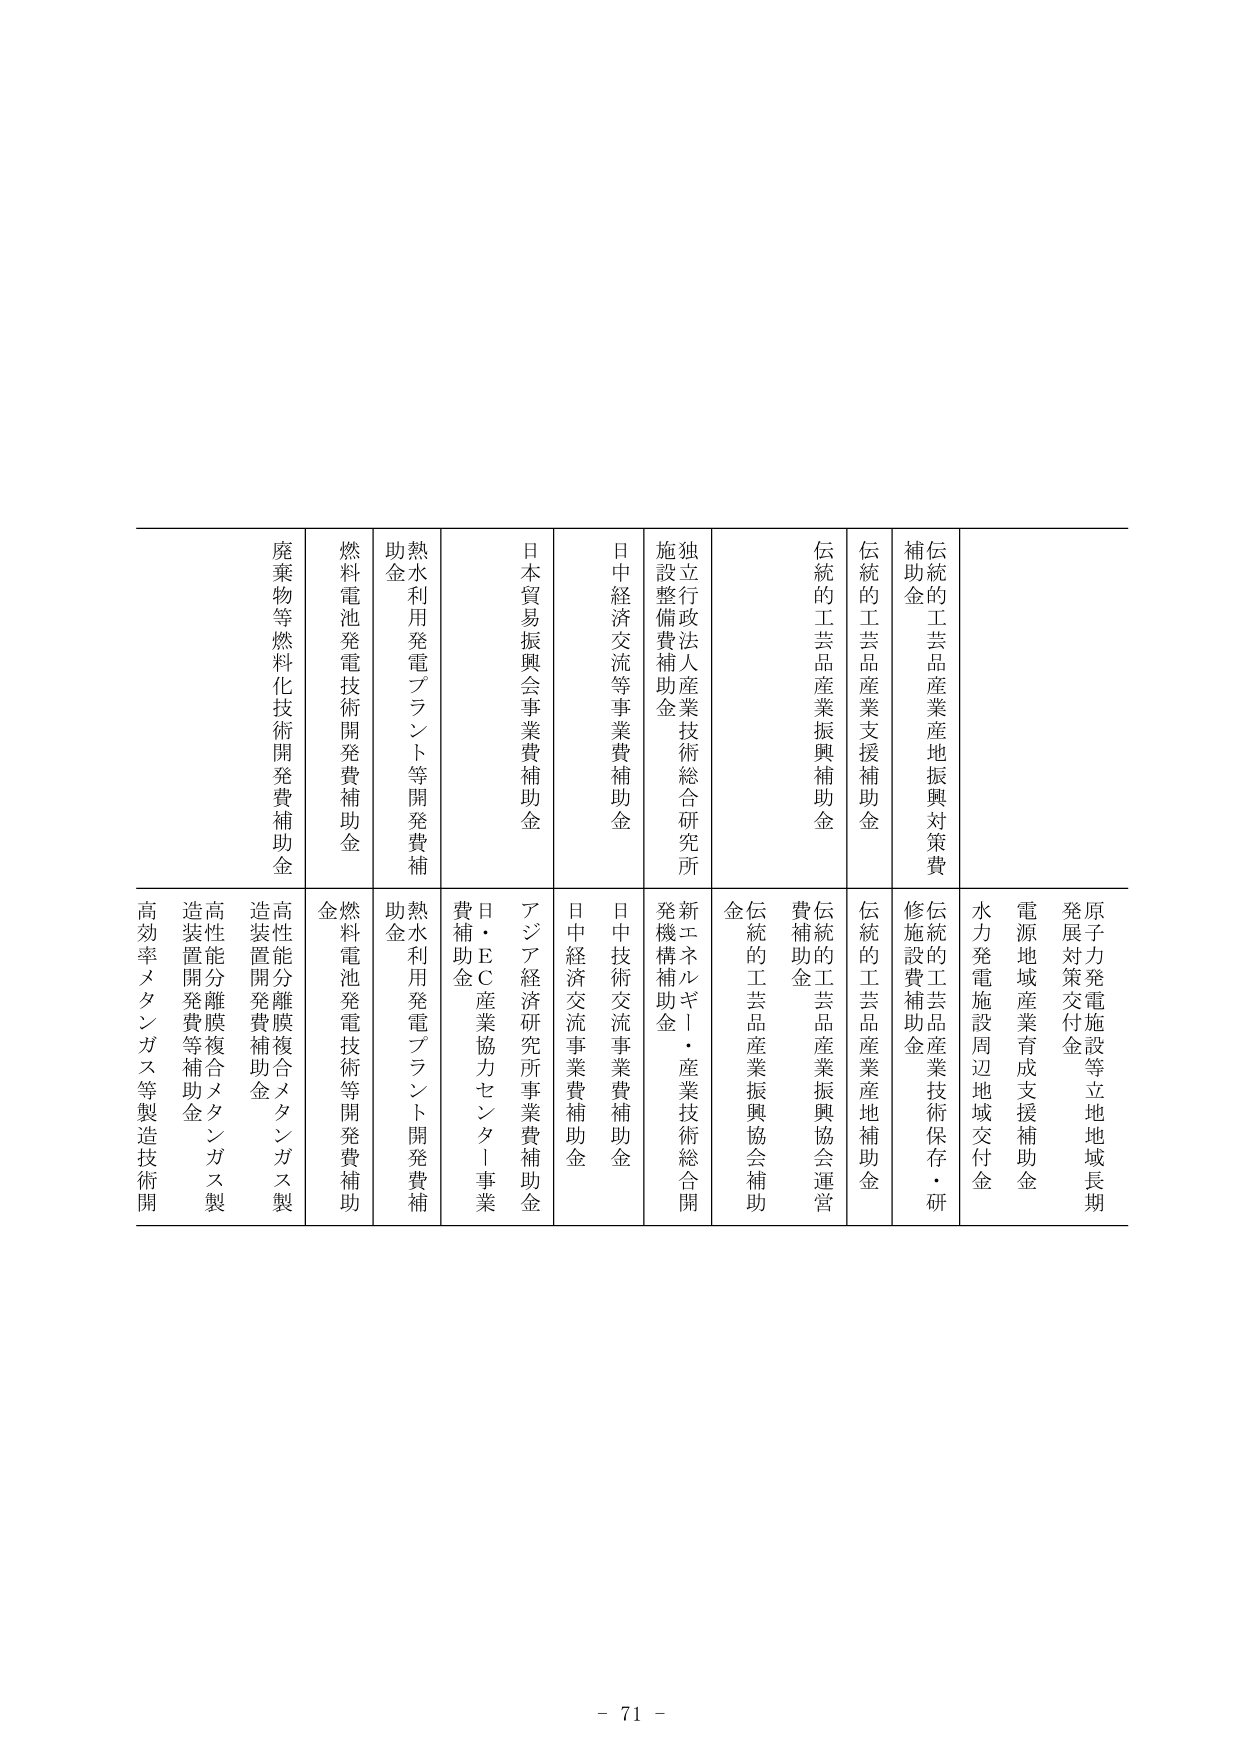
廃棄物等燃料化技術開発費補助金
燃料電池発電技術開発費補助金
熱水利用発電プラント等開発費補助金
日本貿易振興会事業費補助金
日中経済交流等事業費補助金
独立行政法人産業技術総合研究所施設整備費補助金
伝統的工芸品産業振興補助金
伝統的工芸品産業支援補助金
伝統的工芸品産業地振興対策費補助金

高効率メタンガス等製造技術開発費補助金
高性能分離膜複合メタンガス製造装置開発費等補助金
高性能分離膜複合メタンガス製造装置開発費補助金
燃料電池発電技術等開発費補助金
熱水利用発電プラント開発費補助金
日・EC産業協力センター事業費補助金
アジア経済研究所事業費補助金
日中経済交流事業費補助金
日中技術交流事業費補助金
新エネルギー・産業技術総合開発機構補助金
伝統的工芸品産業振興協会運営費補助金
伝統的工芸品産業振興協会補助金
伝統的工芸品産業産地補助金
伝統的工芸品産業技術保存・研修施設費補助金
水力発電施設周辺地域交付金
電源地域産業育成支援補助金
原子力発電施設等立地地域長期発展対策交付金

- 71 -